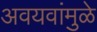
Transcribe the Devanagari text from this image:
अवयवांमुळे